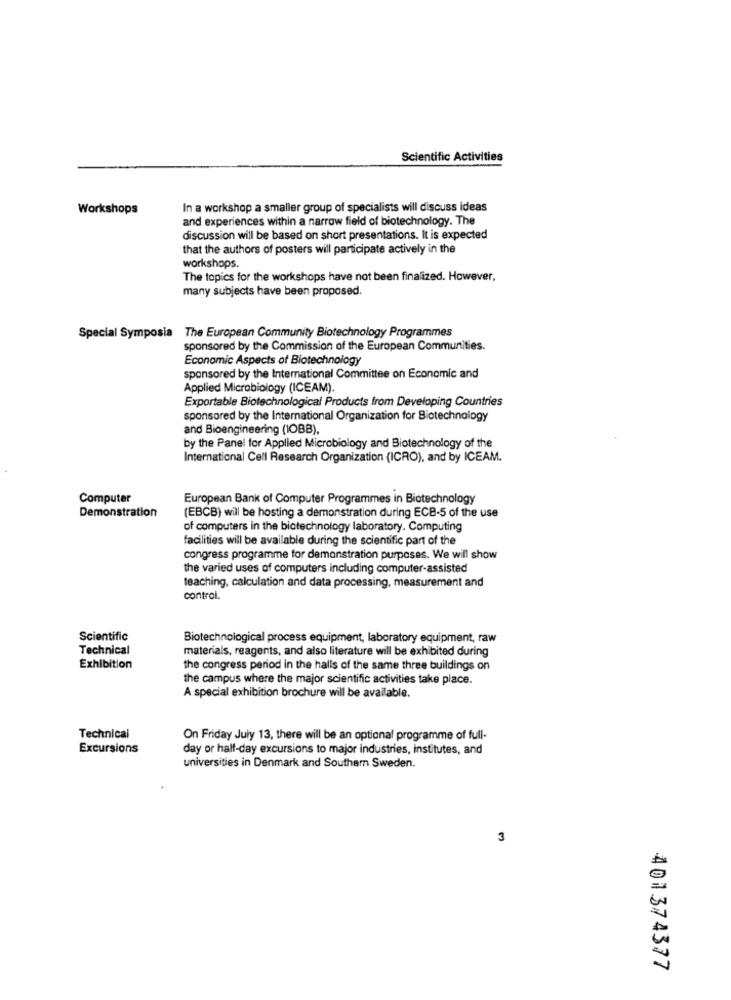
Scientific Activities
Workshops
In a workshop a smaller group of specialists will discuss ideas
and experiences within a narrow field of biotechnology. The
discussion will be based on short presentations. It is expected
that the authors of posters will participate actively in the
workshops.
The topics for the workshops have not been finalized. However,
many subjects have been proposed.
Special Symposia The European Community Biotechnology Programmes
sponsored by the Commission of the European Communities.
Economic Aspects of Biotechnology
sponsored by the International Committee on Economic and
Applied Microbiology (ICEAM).
Exportable Biotechnological Products from Developing Countries
sponsored by the International Organization for Biotechnology
and Bioengineering (IOBB).
by the Panel for Applied Microbiology and Biotechnology of the
International Cell Research Organization (ICRO), and by ICEAM.
Computer
European Bank of Computer Programmes in Biotechnology
Demonstration
(EBCB) will be hosting a demonstration during ECB-5 of the use
of computers in the biotechnology laboratory. Computing
facilities will be available during the scientific part of the
congress programme for demonstration purposes. We will show
the varied uses of computers including computer-assisted
teaching, calculation and data processing, measurement and
control.
Scientific
Biotechnological process equipment, laboratory equipment, raw
Technical
materials, reagents, and also literature will be exhibited during
Exhibition
the congress period in the halls of the same three buildings on
the campus where the major scientific activities take place.
A special exhibition brochure will be available.
Technical
On Friday July 13, there will be an optional programme of full-
Excursions
day or half-day excursions to major industries, institutes, and
universities in Denmark and Southern Sweden.
3
401374377